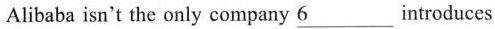
Alibaba isn't the only company \underline{6} introduces